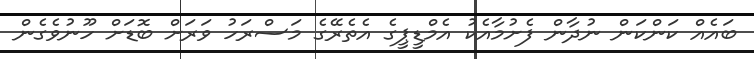
ބައެއް ކަންކަން ނުދާން ފެށުމާއެކު އެމްޑީޕީގެ އެތެރޭގެ މަސްރަހު ވަރަށް ބޮޑަށް ހޫނުވެގެން